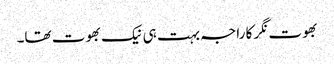
بھوت نگر کا راجہ بہت ہی نیک بھوت تھا۔